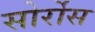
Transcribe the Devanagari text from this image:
सोर्रोस